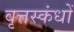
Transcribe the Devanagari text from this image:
वृत्तस्कंधों